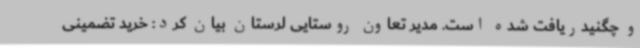
و چگنیدریافت شده است. مدیر تعاون روستایی لرستان بیان کرد: خرید تضمینی